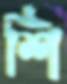
শি